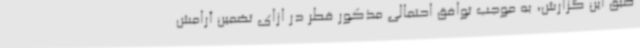
طبق این گزارش، به موجب توافق احتمالی مذکور قطر در ازای تضمین آرامش